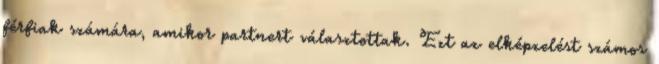
férﬁak számára, amikor partnert választottak. Ezt az elképzelést számos